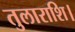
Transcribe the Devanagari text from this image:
तुलाराशि।